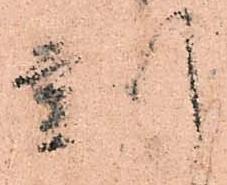
刻